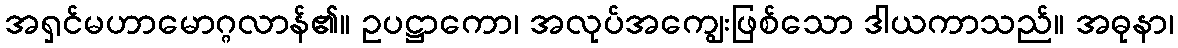
အရှင်မဟာမောဂ္ဂလာန်၏။ ဥပဋ္ဌာကော၊ အလုပ်အကျွေးဖြစ်သော ဒါယကာသည်။ အဓုနာ၊